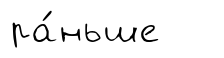
ра́ньше